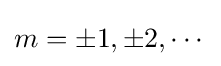
m=\pm 1,\pm 2,\cdots